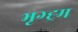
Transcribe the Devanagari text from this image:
भृग्ह्र्म